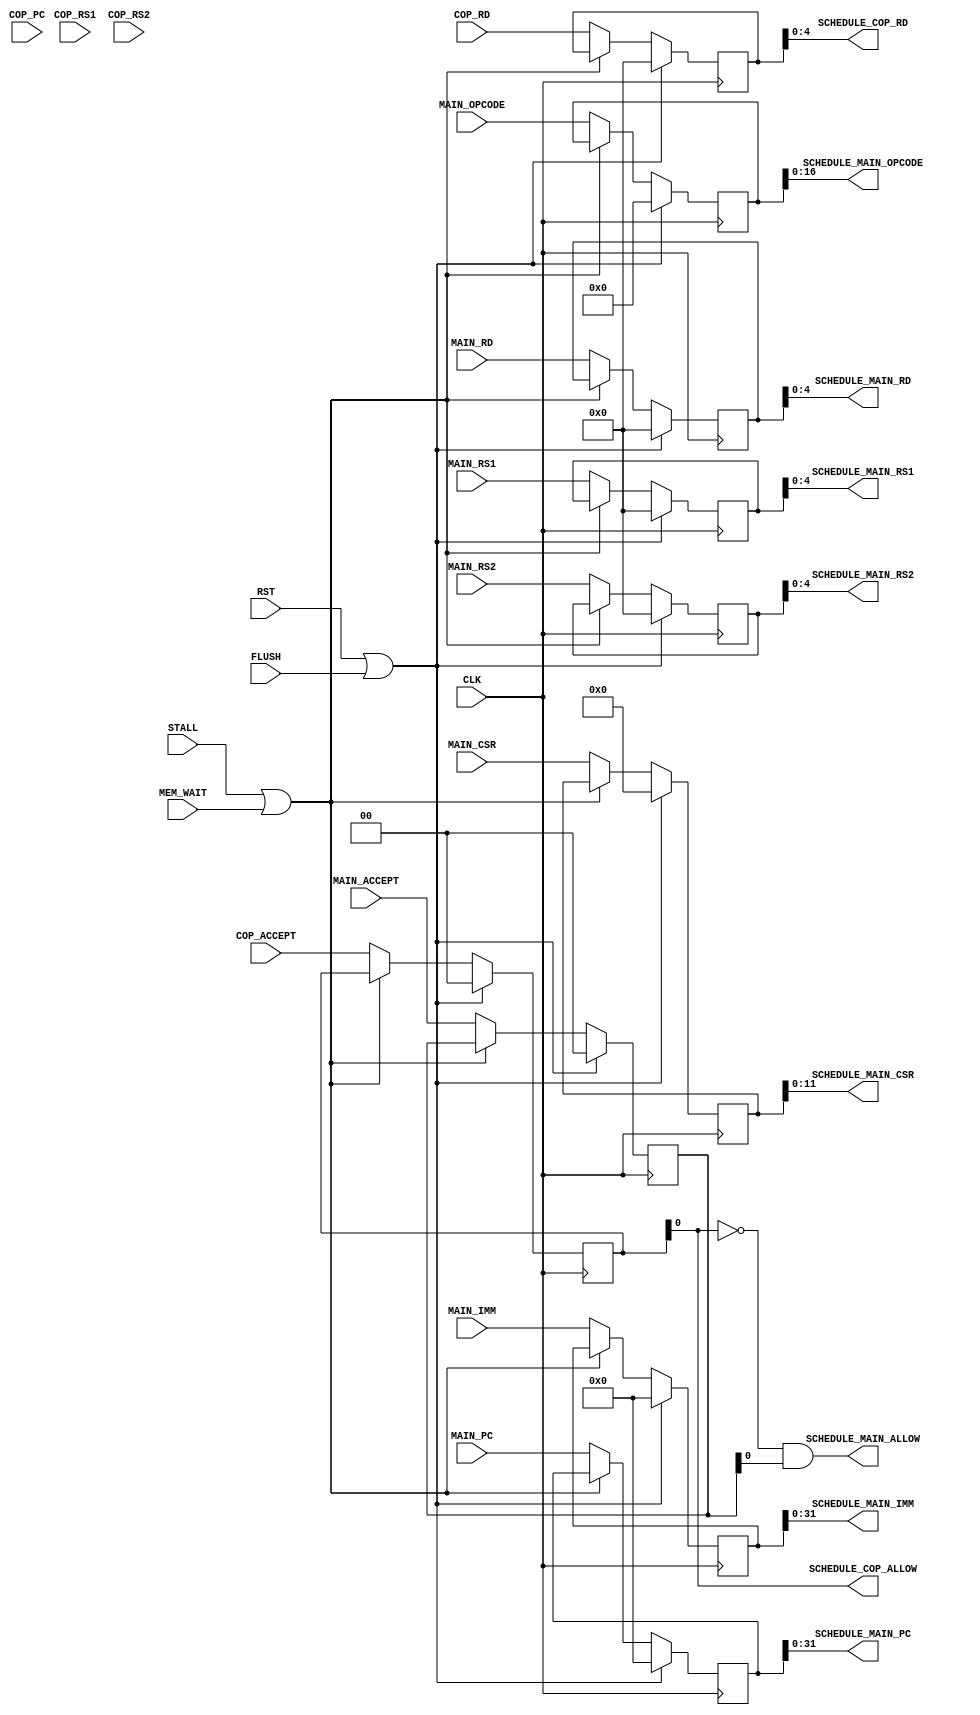
module schedule #
    (
        parameter COP_NUMS = 32'd1,
        parameter PNUMS    = COP_NUMS+1
    )
    (
        /* -----  ----- */
        input wire                      CLK,
        input wire                      RST,
        input wire                      FLUSH,
        input wire                      STALL,
        input wire                      MEM_WAIT,

        /* -----  ----- */
        // Main
        input wire  [( 1*PNUMS-1):0]    MAIN_ACCEPT,
        input wire  [(32*PNUMS-1):0]    MAIN_PC,
        input wire  [(17*PNUMS-1):0]    MAIN_OPCODE,
        input wire  [( 5*PNUMS-1):0]    MAIN_RD,
        input wire  [( 5*PNUMS-1):0]    MAIN_RS1,
        input wire  [( 5*PNUMS-1):0]    MAIN_RS2,
        input wire  [(12*PNUMS-1):0]    MAIN_CSR,
        input wire  [(32*PNUMS-1):0]    MAIN_IMM,

        // Cop
        input wire  [( 1*PNUMS-1):0]    COP_ACCEPT,
        input wire  [(32*PNUMS-1):0]    COP_PC,
        input wire  [( 5*PNUMS-1):0]    COP_RD,
        input wire  [( 5*PNUMS-1):0]    COP_RS1,
        input wire  [( 5*PNUMS-1):0]    COP_RS2,

        /* -----  ----- */
        // A (main stream)
        output wire                     SCHEDULE_MAIN_ALLOW,
        output wire [31:0]              SCHEDULE_MAIN_PC,
        output wire [16:0]              SCHEDULE_MAIN_OPCODE,
        output wire [4:0]               SCHEDULE_MAIN_RD,
        output wire [4:0]               SCHEDULE_MAIN_RS1,
        output wire [4:0]               SCHEDULE_MAIN_RS2,
        output wire [11:0]              SCHEDULE_MAIN_CSR,
        output wire [31:0]              SCHEDULE_MAIN_IMM,

        // B (cop)
        output wire [( 1*COP_NUMS-1):0] SCHEDULE_COP_ALLOW,
        output wire [( 5*COP_NUMS-1):0] SCHEDULE_COP_RD
    );

    /* -----  ----- */
    reg [( 1*PNUMS-1):0] main_accept;
    reg [(32*PNUMS-1):0] main_pc, main_imm;
    reg [(12*PNUMS-1):0] main_csr;
    reg [(17*PNUMS-1):0] main_opcode;
    reg [( 5*PNUMS-1):0] main_rd, main_rs1, main_rs2;

    reg [( 1*PNUMS-1):0] cop_accept;
    reg [(32*PNUMS-1):0] cop_pc;
    reg [( 5*PNUMS-1):0] cop_rd, cop_rs1, cop_rs2;

    always @ (posedge CLK) begin
        if (RST || FLUSH) begin
            main_accept <= 'b0;
            main_pc <= 'b0;
            main_opcode <= 'b0;
            main_rd <= 'b0;
            main_rs1 <= 'b0;
            main_rs2 <= 'b0;
            main_csr <= 'b0;
            main_imm <= 'b0;
            cop_accept <= 'b0;
            cop_pc <= 'b0;
            cop_rd <= 'b0;
            cop_rs1 <= 'b0;
            cop_rs2 <= 'b0;
        end
        else if (STALL || MEM_WAIT) begin
            // do nothing
        end
        else begin
            main_accept <= MAIN_ACCEPT;
            main_pc <= MAIN_PC;
            main_opcode <= MAIN_OPCODE;
            main_rd <= MAIN_RD;
            main_rs1 <= MAIN_RS1;
            main_rs2 <= MAIN_RS2;
            main_csr <= MAIN_CSR;
            main_imm <= MAIN_IMM;
            cop_accept <= COP_ACCEPT;
            cop_pc <= COP_PC;
            cop_rd <= COP_RD;
            cop_rs1 <= COP_RS1;
            cop_rs2 <= COP_RS2;
        end
    end

    /* ----- () ----- */
    // Main
    assign SCHEDULE_MAIN_ALLOW  = !cop_accept[0] && main_accept[0];
    assign SCHEDULE_MAIN_PC     = main_pc[31:0];
    assign SCHEDULE_MAIN_OPCODE = main_opcode[16:0];
    assign SCHEDULE_MAIN_RD     = main_rd[4:0];
    assign SCHEDULE_MAIN_RS1    = main_rs1[4:0];
    assign SCHEDULE_MAIN_RS2    = main_rs2[4:0];
    assign SCHEDULE_MAIN_CSR    = main_csr[11:0];
    assign SCHEDULE_MAIN_IMM    = main_imm[31:0];

    // Cop
    assign SCHEDULE_COP_ALLOW   = cop_accept[0];
    assign SCHEDULE_COP_RD      = cop_rd[4:0];

endmodule